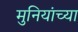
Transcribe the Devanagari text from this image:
मुनियांच्या